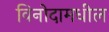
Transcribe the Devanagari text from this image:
विनोदामधील